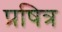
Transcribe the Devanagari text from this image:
प्रषित्र